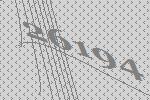
26194